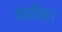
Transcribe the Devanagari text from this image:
ठहरिए।